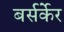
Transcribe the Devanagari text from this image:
बर्सर्केर